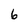
Character: 6